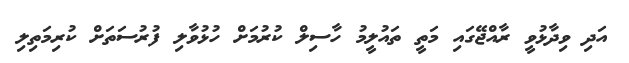
އަދި ވިދާޅުވީ ރާއްޖޭގައި މަތީ ތައުލީމު ހާސިލް ކުރުމަށް ހުޅުވާލި ފުރުސަތަށް ކުރިމަތިލި